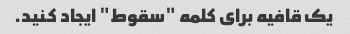
یک قافیه برای کلمه "سقوط" ایجاد کنید.